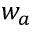
w _ { a }